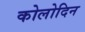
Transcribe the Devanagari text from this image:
कोलोदिन